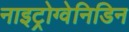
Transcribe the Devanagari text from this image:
नाइट्रोग्वेनिडिन